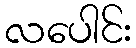
လပေါင်း